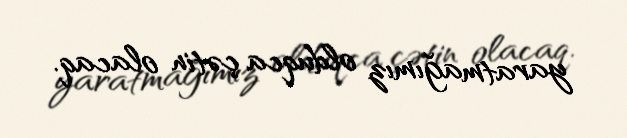
yaratmağımız olduqca çətin olacaq.